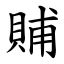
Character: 䝵